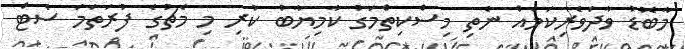
މާބޮޑު ވާދަވެރިކަމެއް ނެތި މިސްކިތްމަގު ކާމިޔާބު ކުރި މި މެޗުގެ ފުރަތަމަ ސެޓް